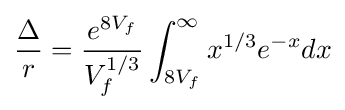
{\frac {\Delta }{r}}={\frac {e^{8V_{f}}}{V_{f}^{1/3}}}\int _{8V_{f}}^{\infty }x^{1/3}e^{-x}dx